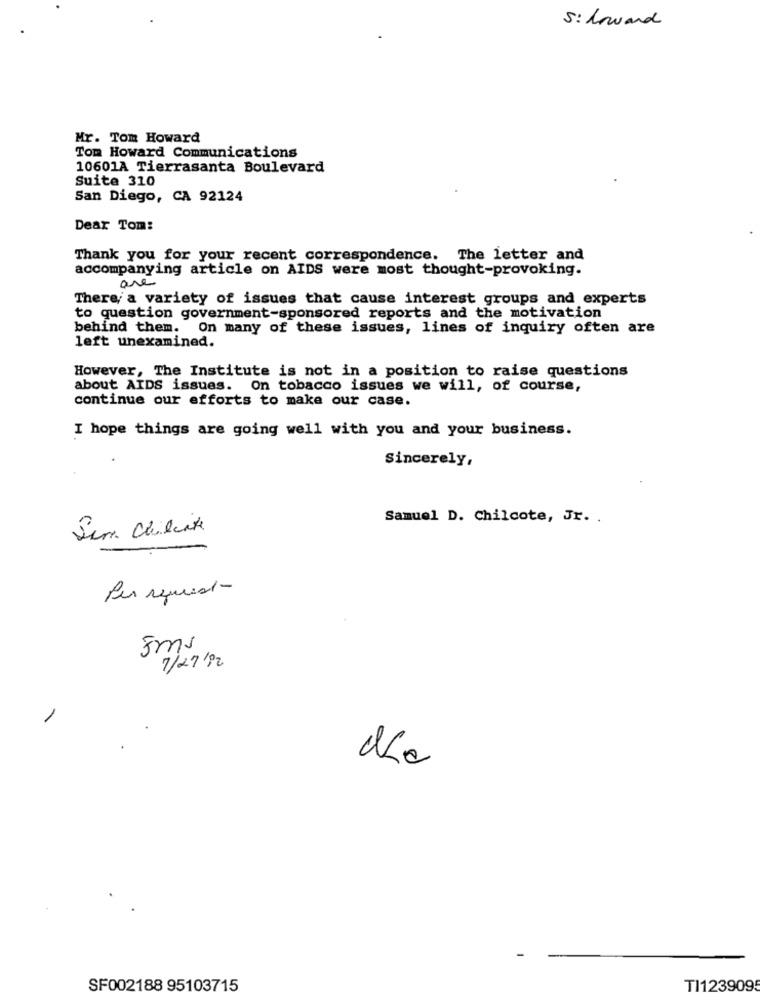
S : howard
Mr. Tom Howard
Tom Howard Communications
10601A Tierrasanta Boulevard
Suite 310
San Diego, CA 92124
Dear Tom:
Thank you for your recent correspondence. The letter and
accompanying article on AIDS were most thought-provoking.
are
There, a variety of issues that cause interest groups and experts
to question government-sponsored reports and the motivation
behind them. On many of these issues, lines of inquiry often are
left unexamined.
However, The Institute is not in a position to raise questions
about AIDS issues. On tobacco issues we will, of course,
continue our efforts to make our case.
I hope things are going well with you and your business.
Sincerely,
Samuel D. Chilcote, Jr. .
Sim. Chileite
Per seuris-
5ms
7/27/92
-
SF002188 95103715
TI1239095